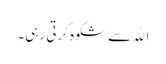
اﷲ سے شکوہ کرتی رہی۔